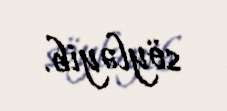
söyləyib.